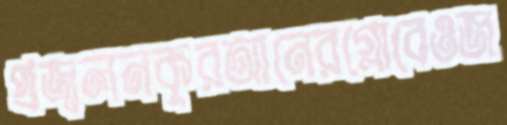
প্রজ্বলনকুরআনেরগ্লোবেওজ